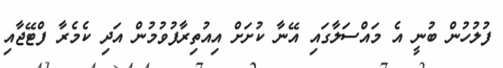
ފުލުހުން ބުނީ އެ މައްސަލާގައި އޭނާ ކުށަށް އިއުތިރާފުވުމުން އަދި ކެމެރާ ފްޓޭޖާއި